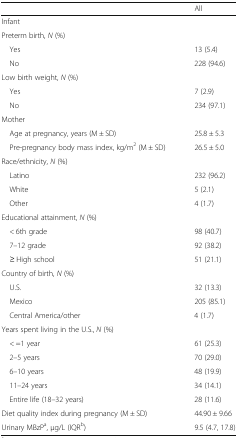
|  | All |
 | --- | --- |
 | <COLSPAN=2> Infant |
 | <COLSPAN=2> Preterm birth, N (%) |
 | Yes | 13 (5.4) |
 | No | 228 (94.6) |
 | <COLSPAN=2> Low birth weight, N (%) |
 | Yes | 7 (2.9) |
 | No | 234 (97.1) |
 | <COLSPAN=2> Mother |
 | Age at pregnancy, years (M ± SD) | 25.8 ± 5.3 |
 | Pre-pregnancy body mass index, kg/m2 (M ± SD) | 26.5 ± 5.0 |
 | <COLSPAN=2> Race/ethnicity, N (%) |
 | Latino | 232 (96.2) |
 | White | 5 (2.1) |
 | Other | 4 (1.7) |
 | <COLSPAN=2> Educational attainment, N (%) |
 | < 6th grade | 98 (40.7) |
 | 7–12 grade | 92 (38.2) |
 | ≥ High school | 51 (21.1) |
 | <COLSPAN=2> Country of birth, N (%) |
 | U.S. | 32 (13.3) |
 | Mexico | 205 (85.1) |
 | Central America/other | 4 (1.7) |
 | <COLSPAN=2> Years spent living in the U.S., N (%) |
 | < =1 year | 61 (25.3) |
 | 2–5 years | 70 (29.0) |
 | 6–10 years | 48 (19.9) |
 | 11–24 years | 34 (14.1) |
 | Entire life (18–32 years) | 28 (11.6) |
 | Diet quality index during pregnancy (M ± SD) | 44.90 ± 9.66 |
 | Urinary MBzPa, μg/L (IQRb) | 9.5 (4.7, 17.8) |